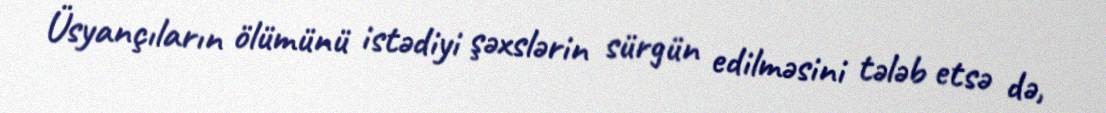
Üsyançıların ölümünü istədiyi şəxslərin sürgün edilməsini tələb etsə də,